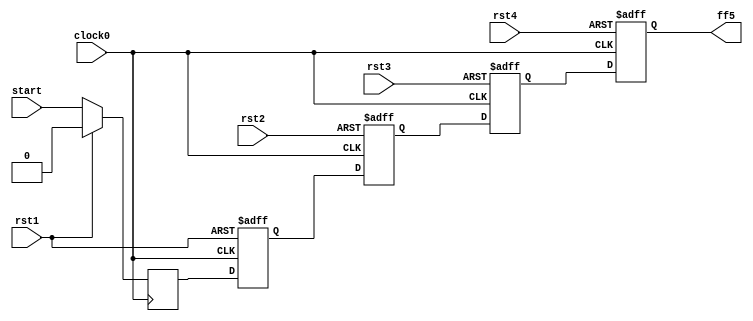
module hop4_L4(
   	
		input	clock0,
		input	rst1,
		input 	rst2,
		input 	rst3,
		input 	rst4,
		input 	start,
		output 	ff5
		
		);

		reg ff1,ff2,ff3,ff4,ff5;

  	always @( posedge clock0)
   	begin
   		if( rst1 )
       			ff1 <= 0;
		else
			ff1<= start;
	end


	always @(posedge clock0, posedge rst1)
	begin
    		if( rst1 )
       			ff2 <= 0;      
    		else 
			ff2<= ff1;

	end



  	always @( posedge clock0, posedge rst2)
   	begin
   		if( rst2 )
       			ff3 <= 0;
		else
			ff3<= ff2;
	end

  	always @( posedge clock0, posedge rst3)
   	begin
   		if( rst3)
       			ff4 <= 0;
		else
			ff4<= ff3;
	end

  	always @( posedge clock0, posedge rst4)
   	begin
   		if( rst4)
       			ff5 <= 0;
		else
			ff5<= ff4;
	end



endmodule